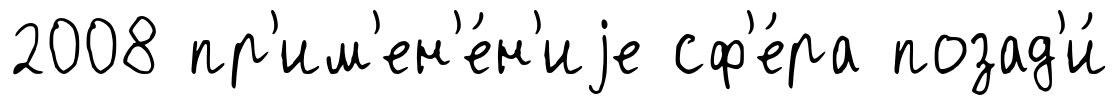
2008 пр'им'ен'е́н'иjе сф'е́ра позад'и́